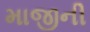
માજીની